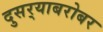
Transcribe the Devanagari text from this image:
दुसर्‍याबरोबर